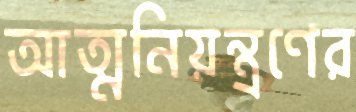
আত্মনিয়ন্ত্রণের